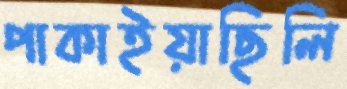
পাকাইয়াছিলি